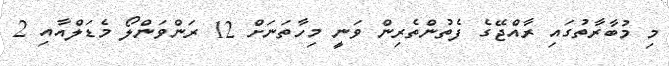
މި މުބާރާތުގައި ރާއްޖޭގެ ފެތުންތެރިން ވަނީ މިހާތަނަށް 12 ރަންވަންލޯ މެޑަލްއާއި 2